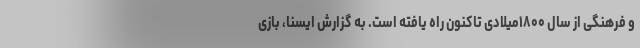
و فرهنگی از سال ۱۸۰۰میلادی تاکنون راه یافته است. به گزارش ایسنا، بازی